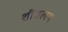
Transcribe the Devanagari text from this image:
शौचलय